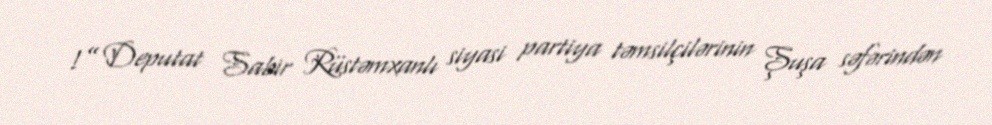
!” Deputat Sabir Rüstəmxanlı siyasi partiya təmsilçilərinin Şuşa səfərindən